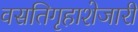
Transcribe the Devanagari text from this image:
वसतिगृहाशेजारी